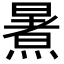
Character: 𭧶